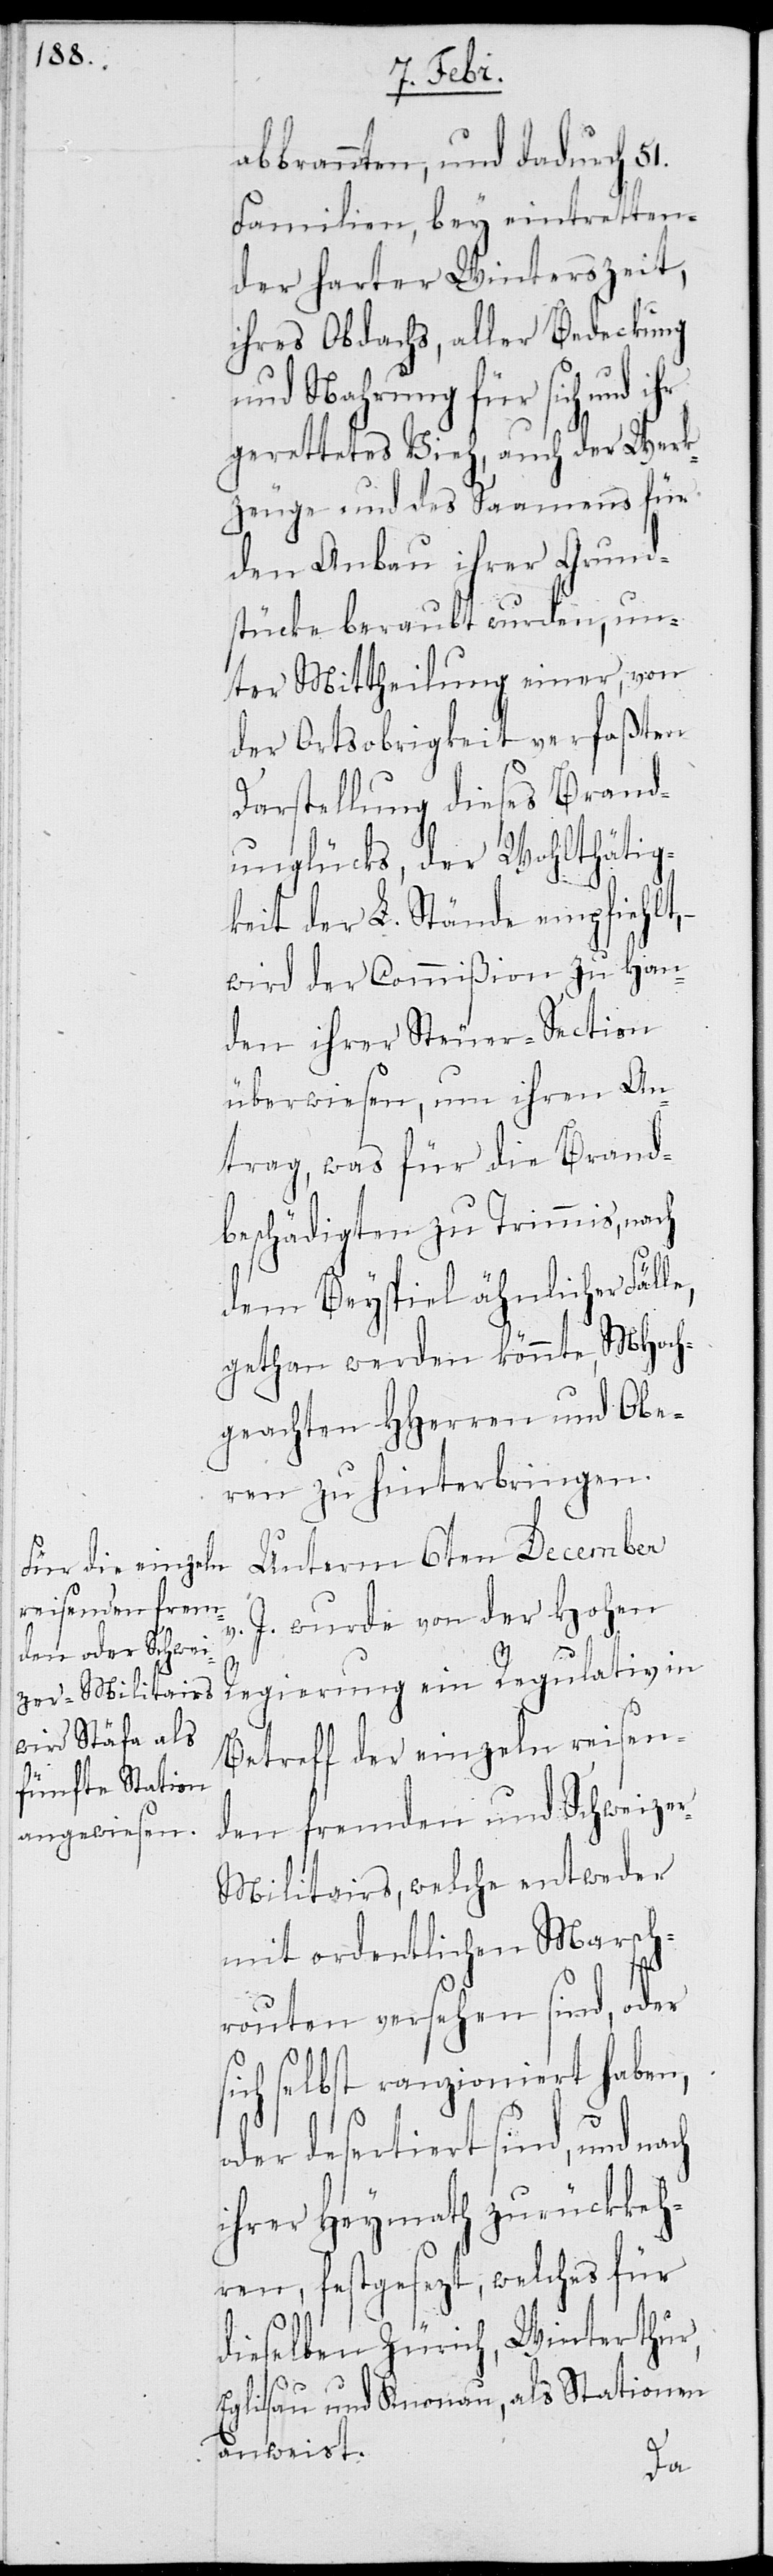
abbrannten, und dadurch 51.
Familien, bey eintretten¬
der harter Winterszeit,
ihres Obdachs, aller Bedeckung
und Nahrung für sich und
gerettetes Vieh, auch der Werk¬
zeuge und des Saamenns für
den Anbau ihrer Grund¬
stücke beraubt wurden, un¬
ter Mittheilung einer, von
der Ortsobrigkeit verfaßten
Darstellung dieses Brand¬
unglücks, der Wohltätig¬
keit der L. Stände empfiehlt,
wird der Commißion zu Han¬
den ihrer Steuer-Section
überwiesen, um ihren An¬
trag, was für die Brand¬
beschädigten zu Trimmis, nach
dem Beispiel ähnlicher Fäl¬
gethan werden könnte, MHoch¬
geachten HHerren und Obe¬
ren zu hinterbringen.
Unterm 6ten December
J. wurde von der Hohen
Regierung ein Regulativ in
Betreff der einzeln reisen¬
den fremden und Schweize¬
r-Militairs, welche entweder
mit ordentlichen Marsch¬
routen versehen sind, oder
sich selbst ranzioniert haben,
oder desertiert sind, und
ihrer Heymath zurückkeh¬
ren, festgesezt, welches für
dieselben Zürich, Winterthur,
Eglisau und Knonau, als Stationen
anweist.
le,